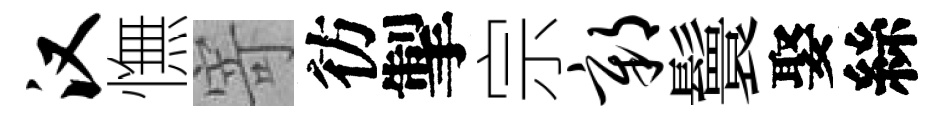
汉憮寄彷掣宗鄣鬟娶絲